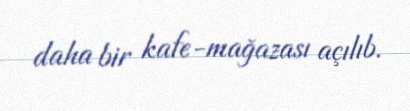
daha bir kafe-mağazası açılıb.